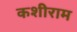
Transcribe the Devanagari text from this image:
कशीराम